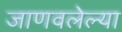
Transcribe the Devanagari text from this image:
जाणवलेल्या